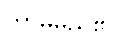
ကာမမည်၏။